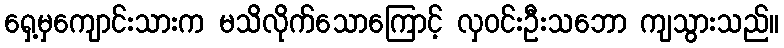
ရှေ့မှကျောင်းသားက မသိလိုက်သောကြောင့် လှဝင်းဦးသဘော ကျသွားသည်။